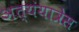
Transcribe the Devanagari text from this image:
अत्यंयात्रेस